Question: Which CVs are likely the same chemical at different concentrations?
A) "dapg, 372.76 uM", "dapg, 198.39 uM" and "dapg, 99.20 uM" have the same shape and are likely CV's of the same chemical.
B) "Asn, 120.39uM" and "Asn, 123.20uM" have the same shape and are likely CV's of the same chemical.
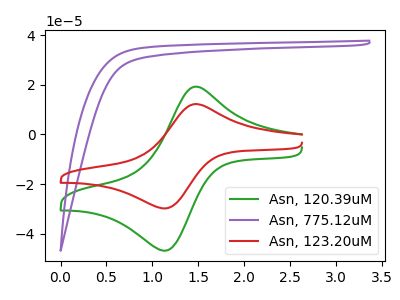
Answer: <think>The green curve "Asn, 120.39uM" has an anodic peak at (1.45V, 19.25uA) and a cathodic peak at (1.15V, -46.75uA). The purple curve "Asn, 775.12uM" has no peaks. The red curve "Asn, 123.20uM" has an anodic peak at (1.45V, 12.25uA) and a cathodic peak at (1.15V, -29.75uA).
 "Asn, 120.39uM" and "Asn, 775.12uM" have a different number of peaks. All the peaks in "Asn, 120.39uM" have a peak in "Asn, 123.20uM" at the same potential. Every peak in "Asn, 120.39uM" is higher than every peak in "Asn, 123.20uM". "Asn, 775.12uM" and "Asn, 123.20uM" have a different number of peaks.</think>
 <answer>B) "Asn, 120.39uM" and "Asn, 123.20uM" have the same shape and are likely CV's of the same chemical.</answer>
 <eval>B</eval>